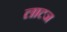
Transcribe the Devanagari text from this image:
लाटज